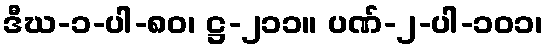
ဒီဃ-၁-ပါ-၈၀၊ ဋ္ဌ-၂၁၁။ ပဏ်-၂-ပါ-၁၀၁၊